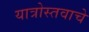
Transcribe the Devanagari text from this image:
यात्रोस्तवाचे